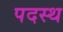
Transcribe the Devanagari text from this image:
पदस्‍थ